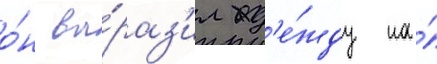
о́н вы́раз'ил над'е́жду на́